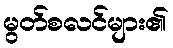
မွတ်စလင်များ၏